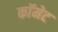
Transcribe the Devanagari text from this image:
काॅमेट